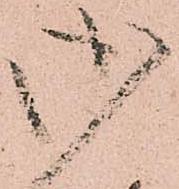
御